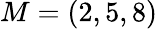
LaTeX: M=(2,5,8)